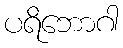
ပရိဘောဂါ